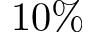
1 0 \%